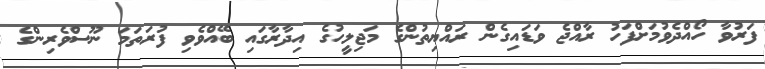
ފަރުވާ ހޯއްދެވުމަށްފަހު ރާއްޖެ ވަޑައިގެން ރައްޔިތުންގެ މަޖިލީހުގެ އިދާރާގައި ބޭއްވެވި ފުރަތަމަ ނޫސްވެރިންގެ